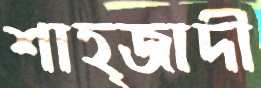
শাহ্‌জাদী